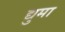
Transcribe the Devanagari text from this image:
द्युमा